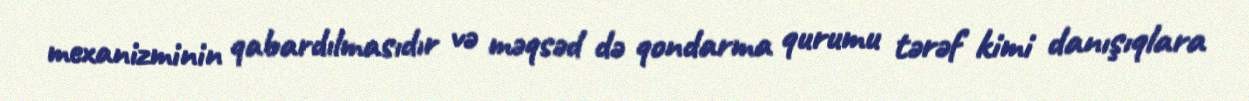
mexanizminin qabardılmasıdır və məqsəd də qondarma qurumu tərəf kimi danışıqlara